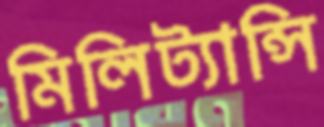
মিলিট্যান্সি